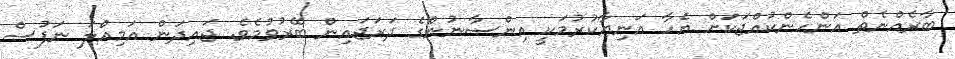
ބާރެއްނެތް އަންހެންކުއްޖަކަށް އެހާ އަނިޔާކުރުމަކީ އިންސާނުންގެ ދަރަޖައިން ބޭރުވުމެވެ. ޖައިދަން އަމިއްލަ ނަފުސް